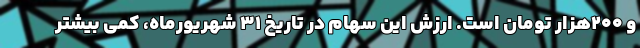
و ۲۰۰هزار تومان است. ارزش این سهام در تاریخ ۳۱ شهریورماه، کمی بیشتر